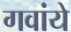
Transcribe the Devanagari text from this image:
गवांये